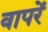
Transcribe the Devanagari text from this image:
वापरें